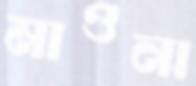
মাওনা